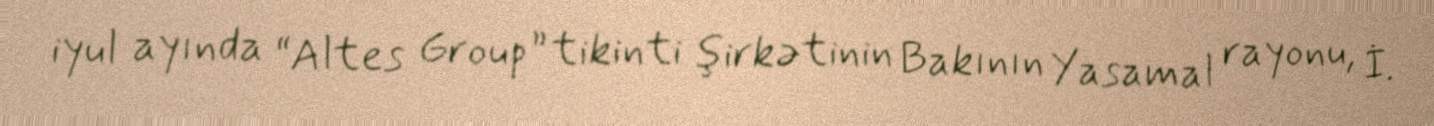
iyul ayında “Altes Group” tikinti şirkətinin Bakının Yasamal rayonu, İ.